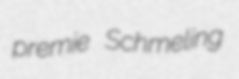
premie Schmeling